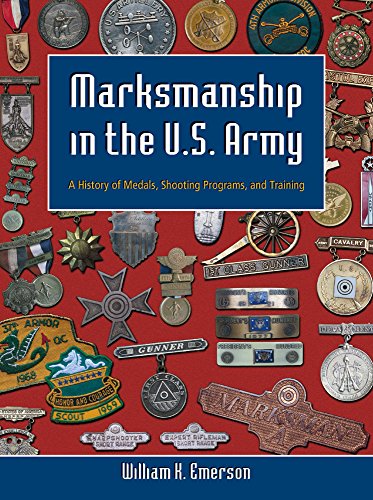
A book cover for Marksmanship in the U.S. Army: A History of Medals, Shooting Programs, and Training; William K. Emerson; Crafts, Hobbies & Home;